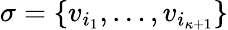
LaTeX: \sigma=\{ v_{i_{1}},\ldots,v_{i_{\kappa+1}}\}